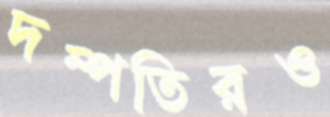
দম্পতিরও